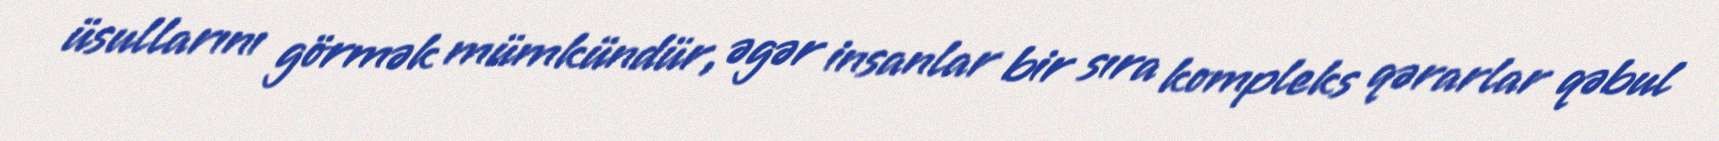
üsullarını görmək mümkündür, əgər insanlar bir sıra kompleks qərarlar qəbul